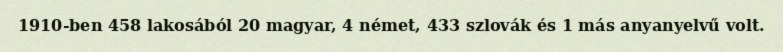
1910-ben 458 lakosából 20 magyar, 4 német, 433 szlovák és 1 más anyanyelvű volt.